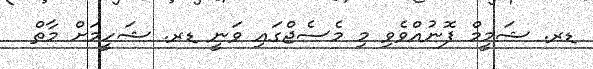
ޑރ. ޝަމީމް ފޮނުއްވެވި މި މެސެޖްގައި ވަނީ ޑރ. ޝަހީމަށް މާތް